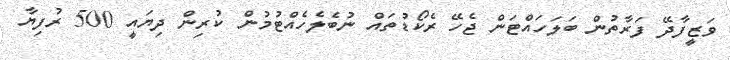
ވަޒީފާދޭ ފަރާތުން ބަލަހައްޓަން ޖެހޭ ރެކޯޑުތައް ނުބެލެހެއްޓުމުން ކުރިން ދިޔައީ 500 ރުފިޔާ